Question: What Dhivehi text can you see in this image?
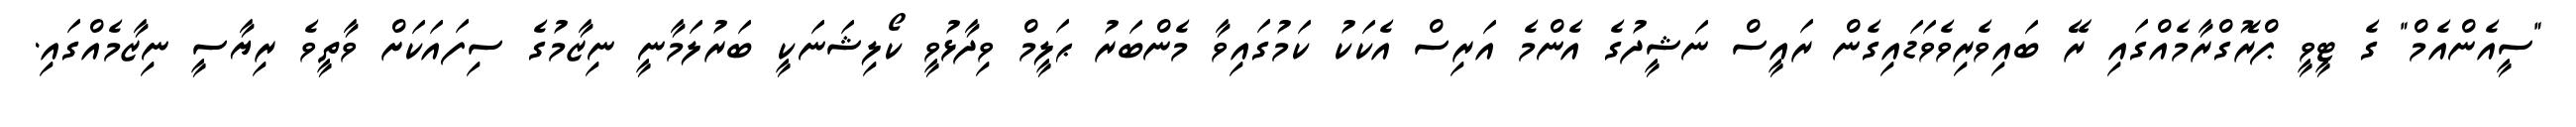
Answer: "ސީއެންއެމް" ގެ ޓީވީ ޕްރޮގްރާމެއްގައި ރޭ ބައިވެރިވެވަޑައިގެން ރައީސް ނަޝީދުގެ އެންމެ އަރިސް އެކަކު ކަމުގައިވާ މެންބަރު ޙަލީމް ވިދާޅުވީ ކޯލިޝަނަކީ ބަރުލަމާނީ ނިޒާމުގެ ސިފައަކަށް ވާތީވެ ރިޔާސީ ނިޒާމެއްގައި.